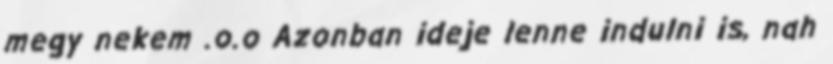
megy nekem .o.o Azonban ideje lenne indulni is, nah